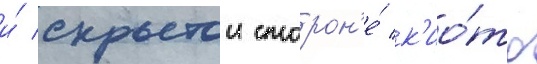
и́ скрытои сторон'е́ к'ио́то